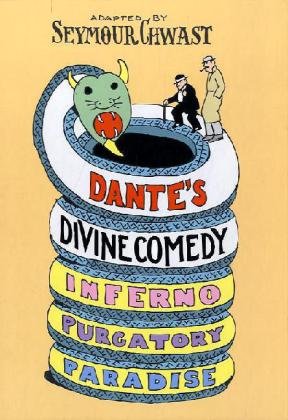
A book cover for Dante's Divine Comedy: A Graphic Adaptation; Seymour Chwast; Comics & Graphic Novels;